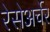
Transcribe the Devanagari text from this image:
रेसेअर्चेर